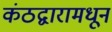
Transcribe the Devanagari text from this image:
कंठद्वारामधून